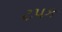
ટપક